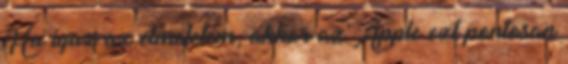
Ha igaz az elmeletem, akkor az Apple ezt pontosan